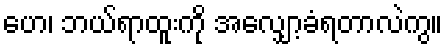
ဟေ၊ ဘယ်ရာထူးကို အလျှော့ခံရတာလဲကွ။